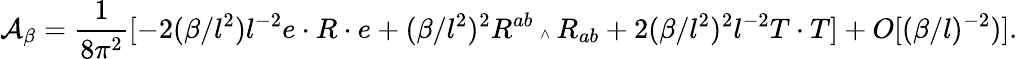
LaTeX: {\cal A}_{\beta}=\frac{1}{8{\pi}^{2}}[-2(\beta/l^{2})l^{-2}e\cdot R\cdot e+(\beta/l^{2})^{2}R^{ab}{\mathrm{\tiny~\wedge~}}R_{ab}+2(\beta/l^{2})^{2}l^{-2}T\cdot T]+O[(\beta/l)^{-2})].